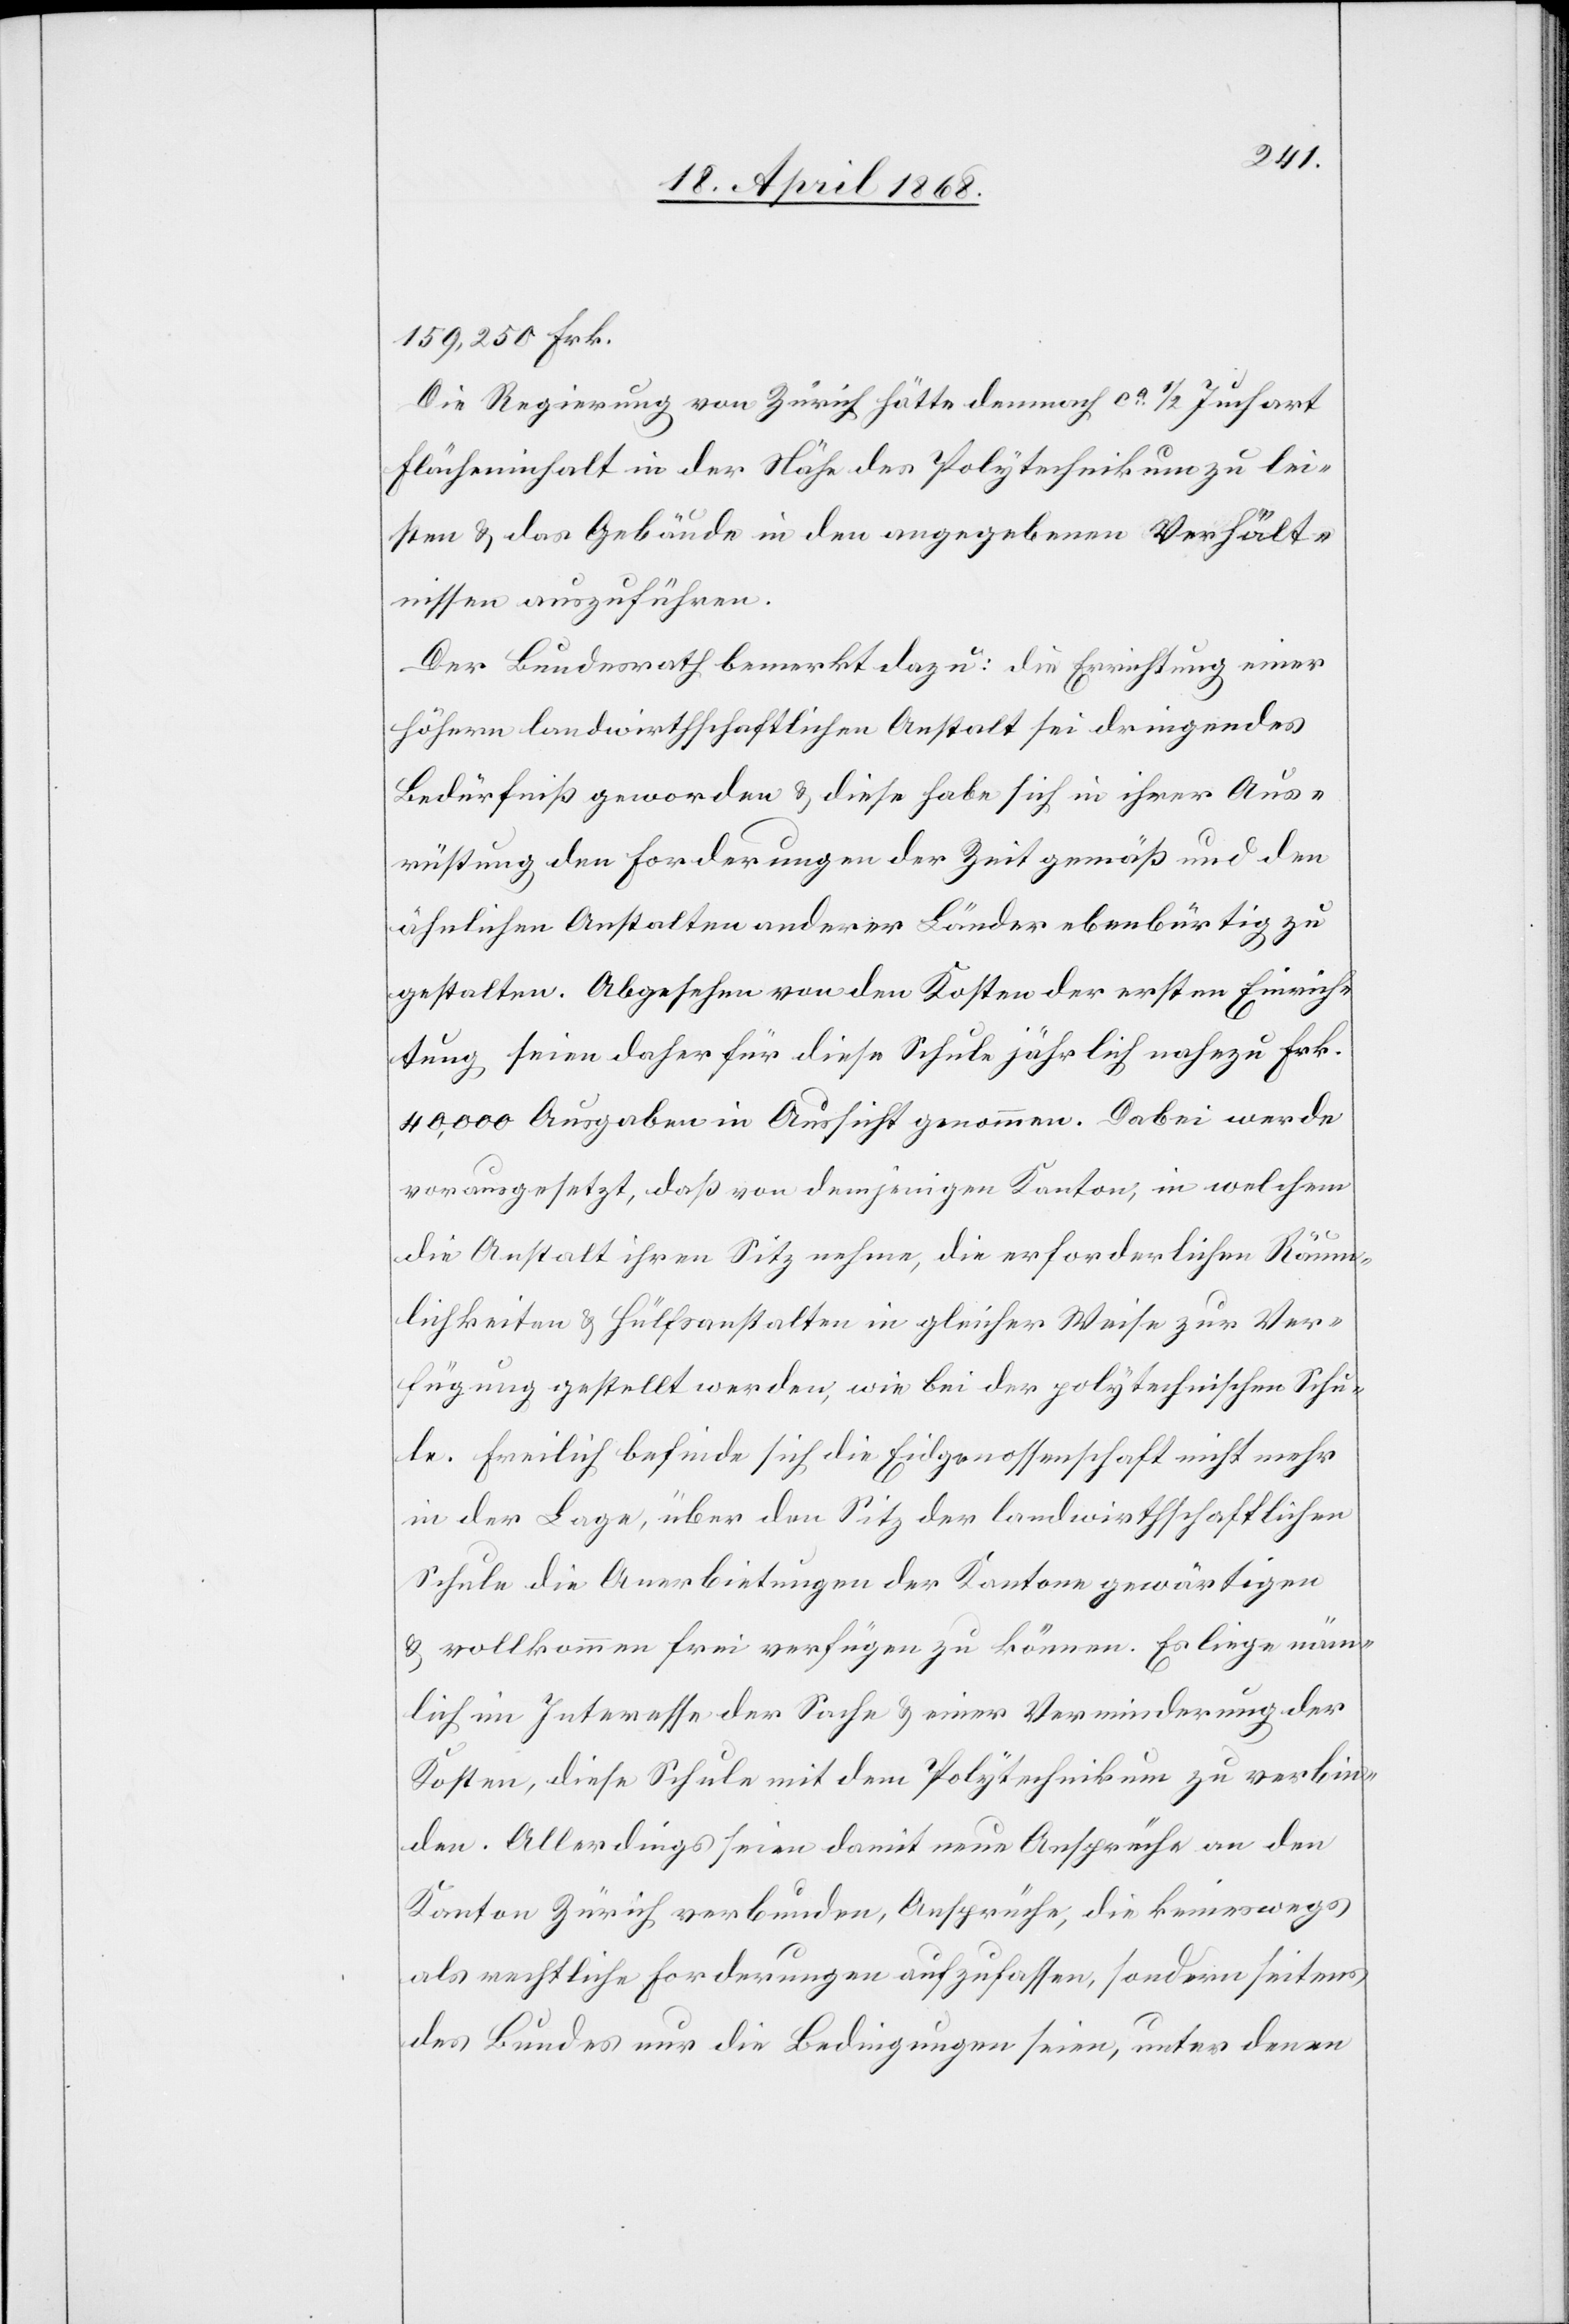
159,250 Frk.
Die Regierung von Zürich hätte demnach ca. 1/2 Juchart
Flächeninhalt in der Nähe des Polytechnikum zu lei¬
sten & das Gebäude in den angegebenen Verhält¬
nissen auszuführen.
Der Bundesrath bemerkt dazu: die Errichtung einer
höhern landwirthschaftlichen Anstalt sei dringendes
Bedürfniß geworden & diese habe sich in ihrer Aus¬
rüstung den Forderungen der Zeit gemäß und den
ähnlichen Anstalten anderer Länder ebenbürtig zu
gestalten. Abgesehen von den Kosten der ersten Einrich¬
tung seien daher für diese Schule jährlich nahezu Frk.
40,000 Ausgaben in Aussicht genommen. Dabei werde
vorausgesetzt, daß von demjenigen Kanton, in welchem
die Anstalt ihren Sitz nehme, die erforderlichen Räum¬
lichkeiten & Hülfsanstalten in gleicher Weise zur Ver¬
fügung gestellt werden, wie bei der polytechnischen Schu¬
le. Freilich befinde sich die Eidgenossenschaft nicht mehr
in der Lage, über den Sitz der landwirthschaftlichen
Schule die Anerbietungen der Kantone gewärtigen
& vollkommen frei verfügen zu können. Es liege näm¬
lich im Interesse der Sache & einer Verminderung der
Kosten, diese Schule mit dem Polytechnikum zu verbin¬
den. Allerdings seien damit neue Ansprüche an den
Kanton Zürich verbunden, Ansprüche, die keineswegs
als rechtliche Forderungen aufzufassen, sondern seitens
des Bundes nur die Bedingungen seien, unter denen